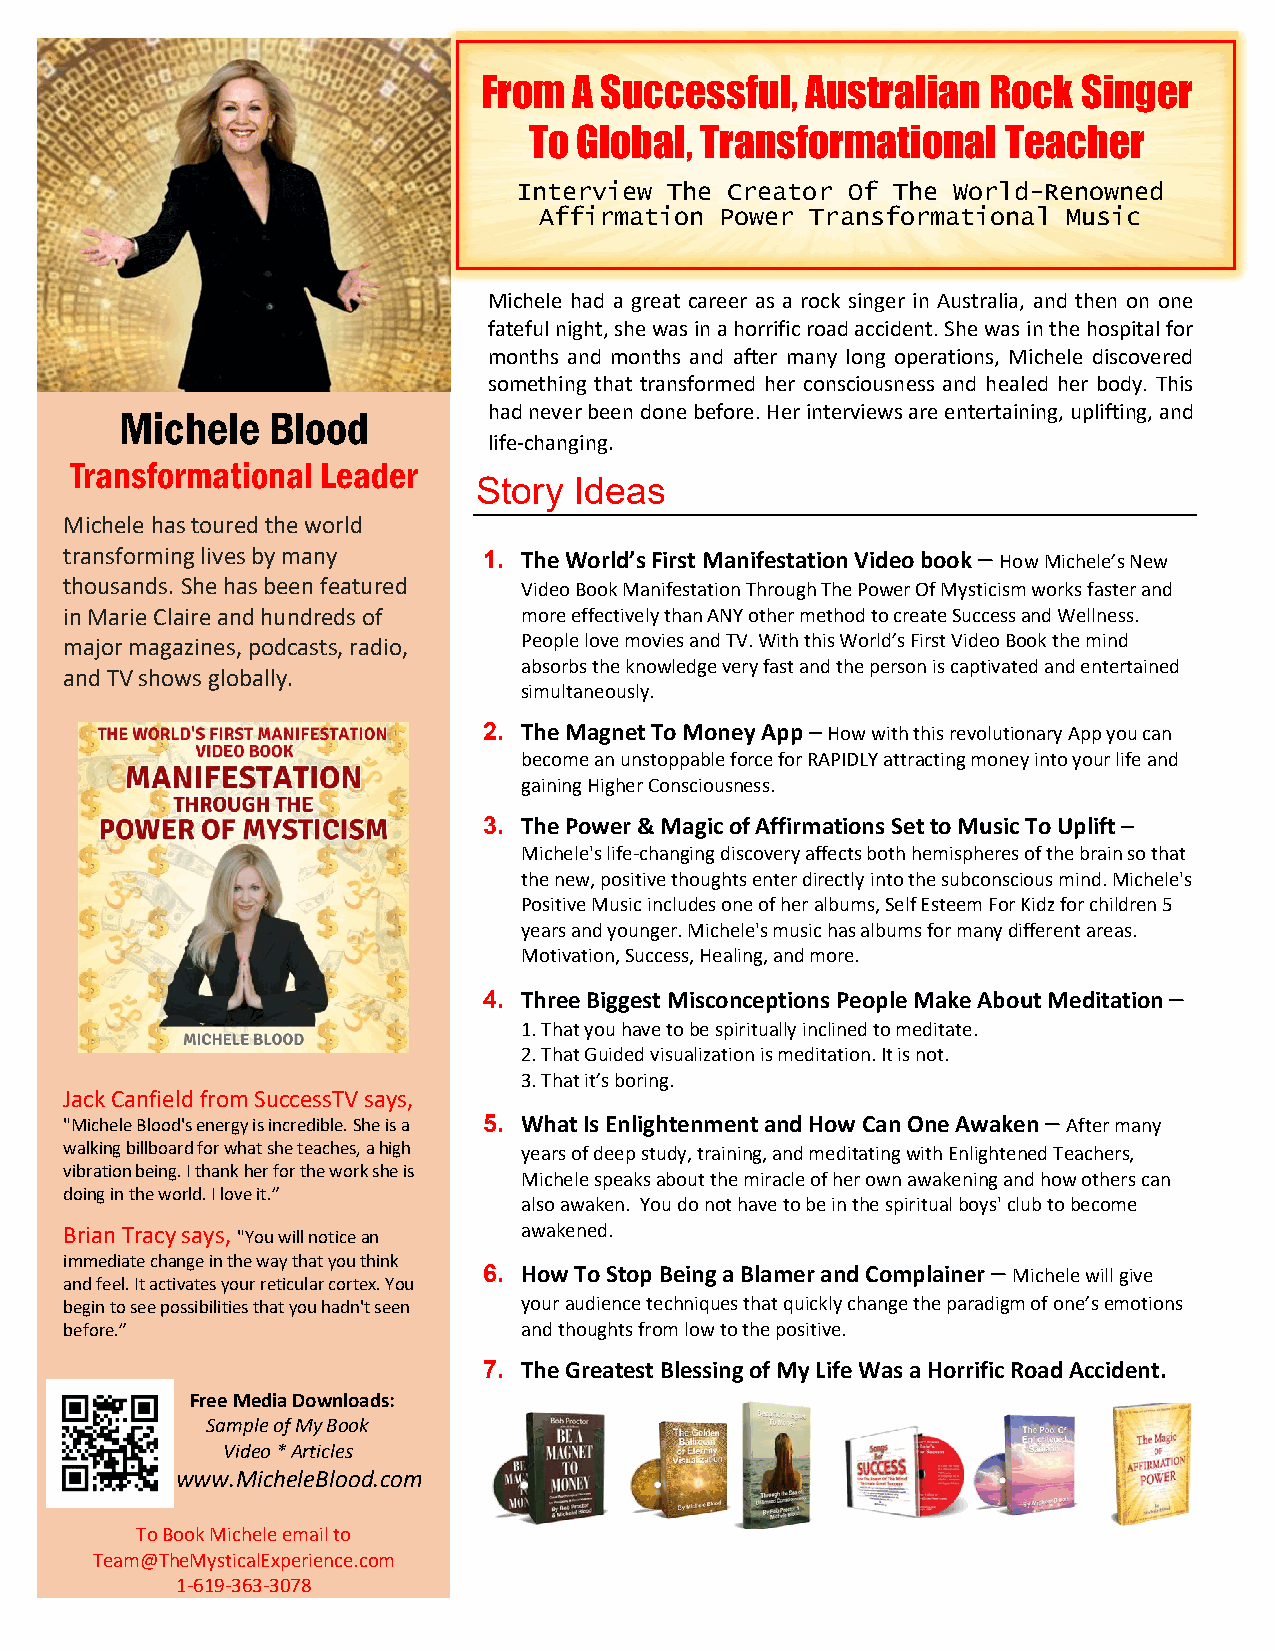
From  A Successful,  Australian   Rock  Singer
 To Global, Transformational     Teacher
 Interview The Creator Of The World-Renowned
 Affirmation Power Transformational Music
 Michele had a great career as a rock singer in Australia, and then on one
 fateful night, she was in a horrific road accident. She was in the hospital for
 months and months and after many long operations, Michele discovered
 something that transformed her consciousness and healed her body. This
 Michele   Blood         had never been done before. Her interviews are entertaining, uplifting, and
 life-changing.
 Transformational Leader
 Story  Ideas
 Michele has toured the world
 transforming lives by many  1. The World’s First Manifestation Video book – How Michele’s New
 thousands. She has been featured Video Book Manifestation Through The Power Of Mysticism works faster and
 in Marie Claire and hundreds of more effectively than ANY other method to create Success and Wellness.
 major magazines, podcasts, radio, People love movies and TV. With this World’s First Video Book the mind
 absorbs the knowledge very fast and the person is captivated and entertained
 and TV shows globally.
 simultaneously.
 2. The Magnet To Money App – How with this revolutionary App you can
 become an unstoppable force for RAPIDLY attracting money into your life and
 gaining Higher Consciousness.
 3. The Power & Magic of Affirmations Set to Music To Uplift –
 Michele's life-changing discovery affects both hemispheres of the brain so that
 the new, positive thoughts enter directly into the subconscious mind. Michele's
 Positive Music includes one of her albums, Self Esteem For Kidz for children 5
 years and younger. Michele's music has albums for many different areas.
 Motivation, Success, Healing, and more.
 4. Three Biggest Misconceptions People Make About Meditation –
 1. That you have to be spiritually inclined to meditate.
 2. That Guided visualization is meditation. It is not.
 3. That it’s boring.
 Jack Canfield from SuccessTV says,
 "Michele Blood's energy is incredible. She is a 5. What Is Enlightenment and How Can One Awaken – After many
 walking billboard for what she teaches, a high years of deep study, training, and meditating with Enlightened Teachers,
 vibration being. I thank her for the work she is
 Michele speaks about the miracle of her own awakening and how others can
 doing in the world. I love it.”
 also awaken. You do not have to be in the spiritual boys' club to become
 Brian Tracy says, "You will notice an awakened.
 immediate change in the way that you think
 6. How To Stop Being a Blamer and Complainer – Michele will give
 and feel. It activates your reticular cortex. You
 begin to see possibilities that you hadn't seen your audience techniques that quickly change the paradigm of one’s emotions
 before.”                      and thoughts from low to the positive.
 7. The Greatest Blessing of My Life Was a Horrific Road Accident.
 Free Media Downloads:
 Sample of My Book
 Video * Articles
 www.MicheleBlood.com
 To Book Michele email to
 Team@TheMysticalExperience.com
 1-619-363-3078